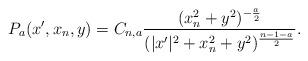
LaTeX: \begin{align*}P_a(x', x_n, y) = C_{n, a} \frac{(x_n^2+y^2)^{-\frac{a}{2}}}{(|x'|^2+x_n^2+y^2)^{\frac{n-1-a}{2}}}.\end{align*}